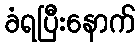
ခံရပြီးနောက်